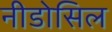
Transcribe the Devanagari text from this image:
नीडोसिल